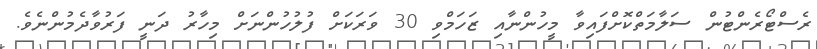
ރެސްޓޯރެންޓުން ސަލާމަތްކޮށްފައިވާ މީހުންނާއި ޒަހަމްވި 30 ވަރަކަށް ފުލުހުންނަށް މިހާރު ދަނީ ފަރުވާދެމުންނެވެ.